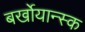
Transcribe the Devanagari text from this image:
बर्खोयान्स्क